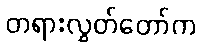
တရားလွှတ်တော်က